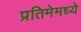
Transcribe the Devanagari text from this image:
प्रतिमेमध्ये